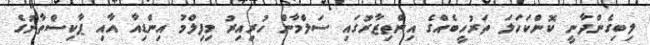
ލިބިގެންދާނީ ކޮންކަހަލަ ތަރުހީބެއްގެ އިންތިޒާރުގައި ސަލްމާން ހުރިިއިރު މިފިލްމު އިންޑިއާ އާއި ޕާކިސްތާނުގެ